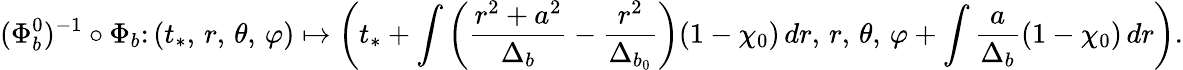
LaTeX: (\Phi_{b}^{0})^{-1}\circ\Phi_{b}\colon(t_{*},\, r,\, \theta,\, \varphi)\mapsto\left(t_{*}+\int\left(\frac{r^{2}+a^{2}}{\Delta_{b}}-\frac{r^{2}}{\Delta_{b_{0}}}\right)(1-\chi_{0})\, dr,\, r,\, \theta,\, \varphi+\int\frac{a}{\Delta_{b}}(1-\chi_{0})\, dr\right).